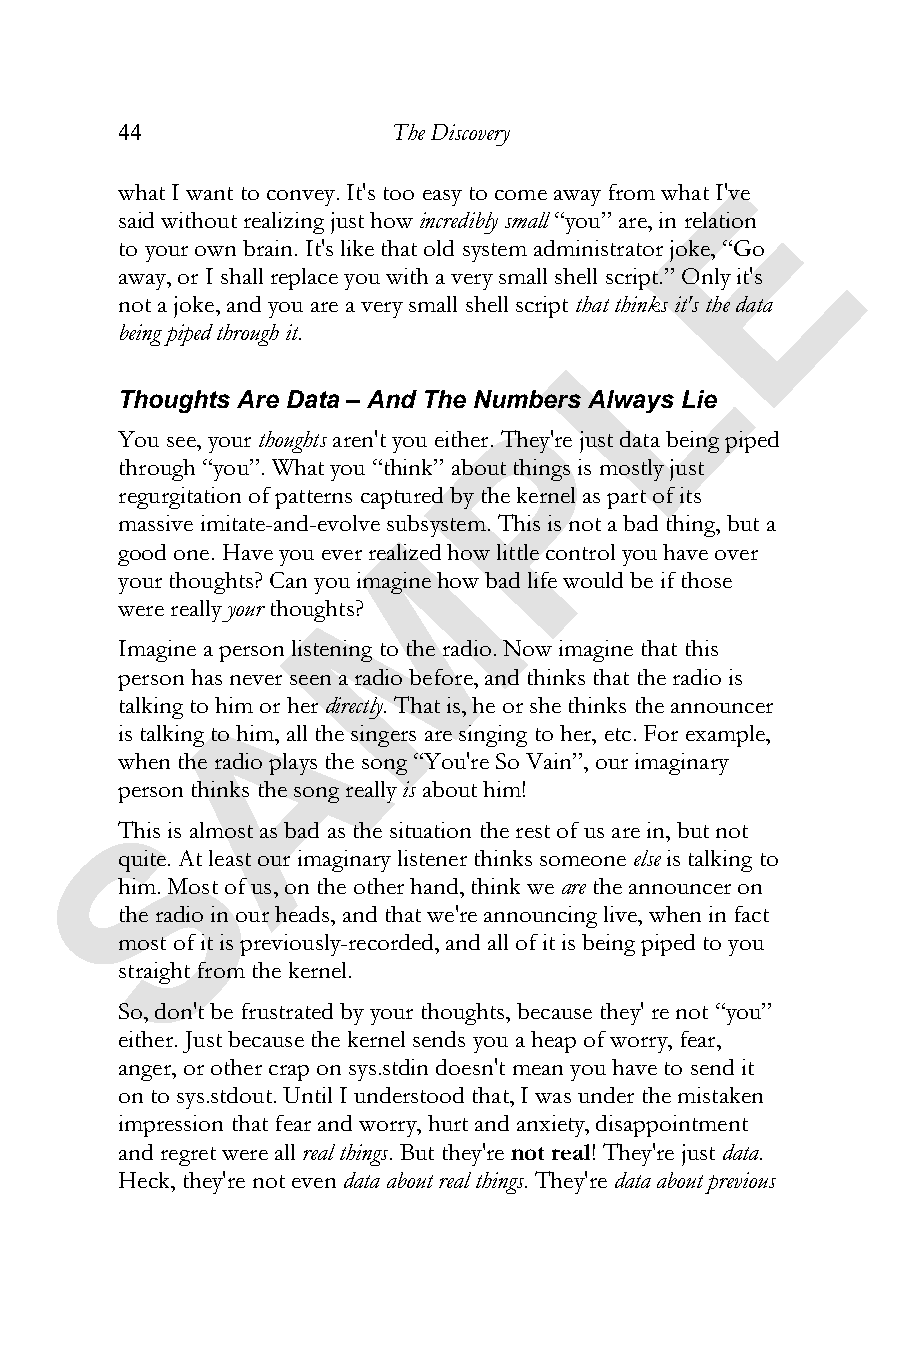
44                The Discovery
 E
 what I want to convey. It's too easy to come away from what I've
 said without realizing just howincredibly small “you” are, in relation
 to your own brain. It's like that old system administrator joke, “Go
 away, or I shall replace you with a very small shell script.” Only it's
 L
 not a joke, and you are a very small shell scriptthat thinks it's the data
 being piped through it.
 Thoughts Are Data – And The Numbers Always Lie
 P
 You see, your thoughts aren't you either. They're just data being piped
 through “you”. What you “think” about things is mostly just
 regurgitation of patterns captured by the kernel as part of its
 massive imitate-and-evolve suMbsystem. This is not a bad thing, but a
 good one. Have you ever realized how little control you have over
 your thoughts? Can you imagine how bad life would be if those
 were reallyyour thoughts?
 Imagine a person listening to the radio. Now imagine that this
 person has nevAer seen a radio before, and thinks that the radio is
 talking to him or her directly. That is, he or she thinks the announcer
 is talking to him, all the singers are singing to her, etc. For example,
 when the radio plays the song “You're So Vain”, our imaginary
 person thinks the song reallyis about him!
 S
 This is almost as bad as the situation the rest of us are in, but not
 quite. At least our imaginary listener thinks someoneelse is talking to
 him. Most of us, on the other hand, think weare the announcer on
 the radio in our heads, and that we're announcing live, when in fact
 most of it is previously-recorded, and all of it is being piped to you
 straight from the kernel.
 So, don't be frustrated by your thoughts, because they' re not “you”
 either. Just because the kernel sends you a heap of worry, fear,
 anger, or other crap on sys.stdin doesn't mean you have to send it
 on to sys.stdout. Until I understood that, I was under the mistaken
 impression that fear and worry, hurt and anxiety, disappointment
 and regret were all real things. But they'renot real! They're justdata.
 Heck, they're not evendata about real things. They'redata about previous